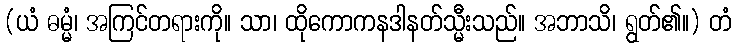
(ယံ ဓမ္မံ၊ အကြင်တရားကို။ သာ၊ ထိုကောကနဒါနတ်သ္မီးသည်။ အဘာသိ၊ ရွတ်၏။) တံ